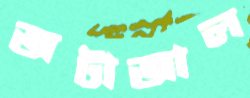
জটাজাল